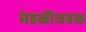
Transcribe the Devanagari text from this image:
मंडळीजवळ